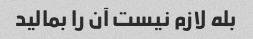
بله لازم نیست آن را بمالید